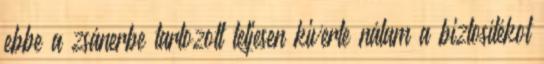
ebbe a zsánerbe tartozott teljesen kiverte nálam a biztosítékot